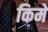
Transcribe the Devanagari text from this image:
किमें